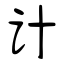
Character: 计